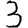
Digit: 3